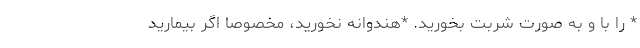
* را با و به صورت شربت بخورید. *هندوانه نخورید، مخصوصا اگر بیمارید